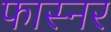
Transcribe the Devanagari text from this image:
फास्नर